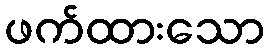
ဖက်ထားသော